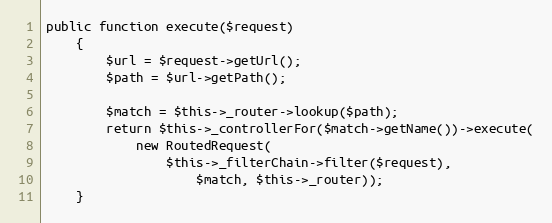
Language: PHP
public function execute($request)
	{
		$url = $request->getUrl();
		$path = $url->getPath();

		$match = $this->_router->lookup($path);
		return $this->_controllerFor($match->getName())->execute(
			new RoutedRequest(
				$this->_filterChain->filter($request),
					$match, $this->_router));
	}